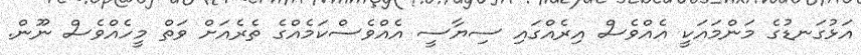
އަޅުގަނޑުގެ މަންމައަކީ އެއްވެސް އިރެއްގައި ސިޔާސީ އެއްވެސްކަމެއްގެ ތެރެއަށް ވަތް މީހެއްވެސް ނޫން.